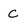
Character: C